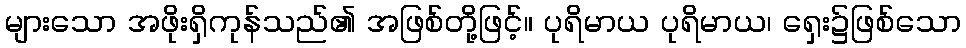
များသော အဖိုးရှိကုန်သည်၏ အဖြစ်တို့ဖြင့်။ ပုရိမာယ ပုရိမာယ၊ ရှေး၌ဖြစ်သော